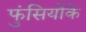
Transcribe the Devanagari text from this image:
फुंसियोंके